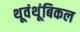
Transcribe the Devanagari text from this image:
थूवंथूंबिकल